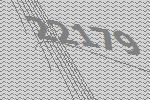
22179